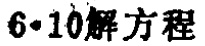
$6\cdot10解方程$